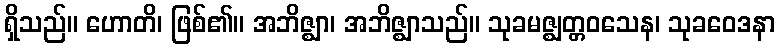
ရှိသည်။ ဟောတိ၊ ဖြစ်၏။ အဘိဇ္ဈာ၊ အဘိဇ္ဈာသည်။ သုခမဇ္ဈတ္တဝသေန၊ သုခဝေဒနာ